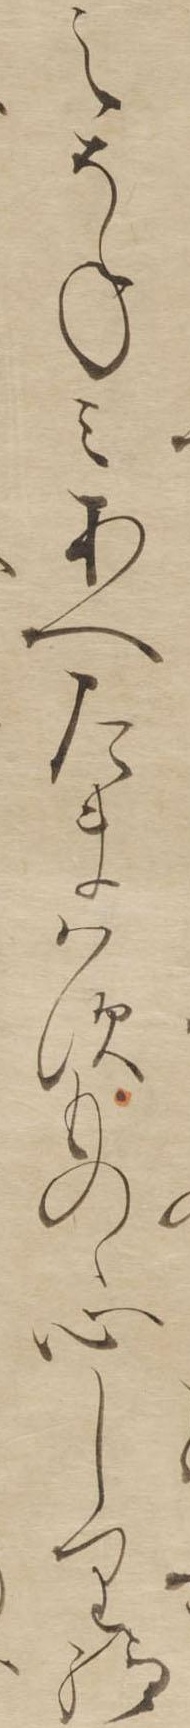
えそねみあへたまはすものゝ心しり給